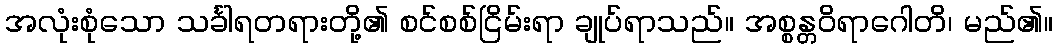
အလုံးစုံသော သင်္ခါရတရားတို့၏ စင်စစ်ငြိမ်းရာ ချုပ်ရာသည်။ အစ္စန္တဝိရာဂေါတိ၊ မည်၏။